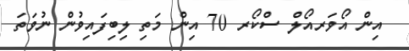
އިން އޯވަރއޯލް ސްކޯރ 70 އިން މަތި ލިބިފައިވުން ނުވަތަ